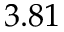
3 . 8 1